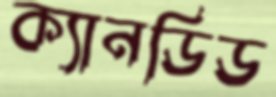
ক্যানডিড